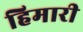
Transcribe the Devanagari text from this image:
हिमारी